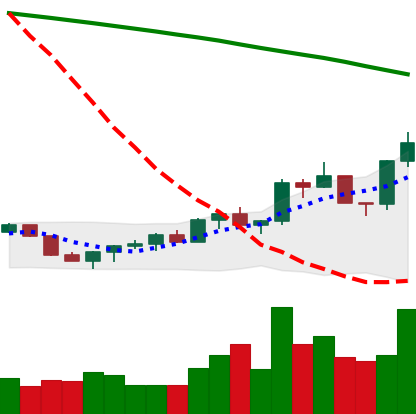
Ticker: EOS-USD
Chart end date: 2022-07-28
Forward return: -9.761%
Label: down_7plus